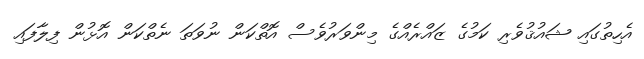
އެހިތުގައި ޝައުޤުވެރި ކަމުގެ ޒައްރެއްގެ މިންވަރުވެސް އޮތްކަން ނުވަތަ ނެތްކަން އޮޅުން ފިލާފައި